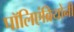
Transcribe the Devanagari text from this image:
पॉलिएंब्रियोनी